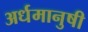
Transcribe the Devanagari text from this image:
अर्धमानुषी